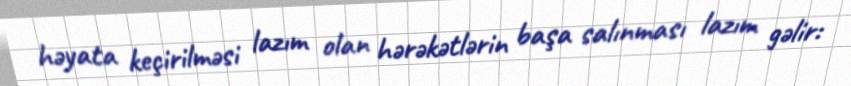
həyata keçirilməsi lazım olan hərəkətlərin başa salınması lazım gəlir: